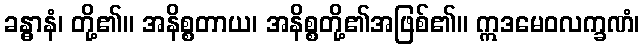
ခန္ဓာနံ၊ တို့၏။ အနိစ္စတာယ၊ အနိစ္စတို့၏အဖြစ်၏။ ဣဒမေဝလက္ခဏံ၊